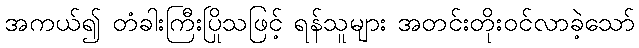
အကယ်၍ တံခါးကြီးပြိုသဖြင့် ရန်သူများ အတင်းတိုးဝင်လာခဲ့သော်